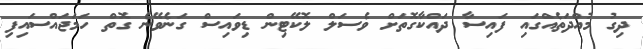
ދިގު މުއްދަތެއްގައި ފައިސާ ދައްކާގޮތަށް ވެސަލް ލޮކޭޓިން ޑިވައިސް ގަނެވޭނެ ގޮތް ހަމަޖައްސައިފި